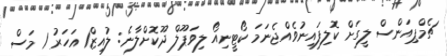
ޗެމްޕިއަންސް ލީގަށް ކޮލިފައިނުވެއްޖެނަމަ ކޯޓީނިއޯ ލިވަޕޫލް ދޫކޮށްލާނެ: ލުއިޒް1 އަހަރު 1 މަސް